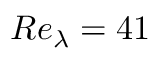
R e _ { \lambda } = 4 1